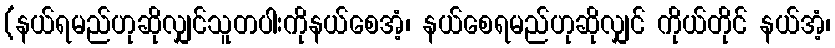
(နယ်ရမည်ဟုဆိုလျှင်သူတပါးကိုနယ်စေအံ့၊ နယ်စေရမည်ဟုဆိုလျှင် ကိုယ်တိုင် နယ်အံ့၊